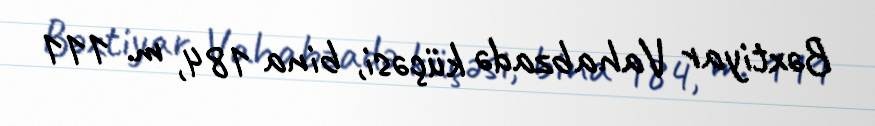
Bəxtiyar Vahabzadə küçəsi, bina 184, m. 111